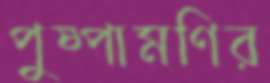
পুষ্পামণির